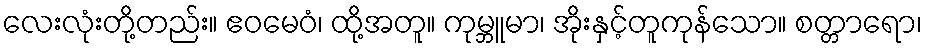
လေးလုံးတို့တည်း။ ဧဝမေဝံ၊ ထို့အတူ။ ကုမ္ဘူမာ၊ အိုးနှင့်တူကုန်သော။ စတ္တာရော၊